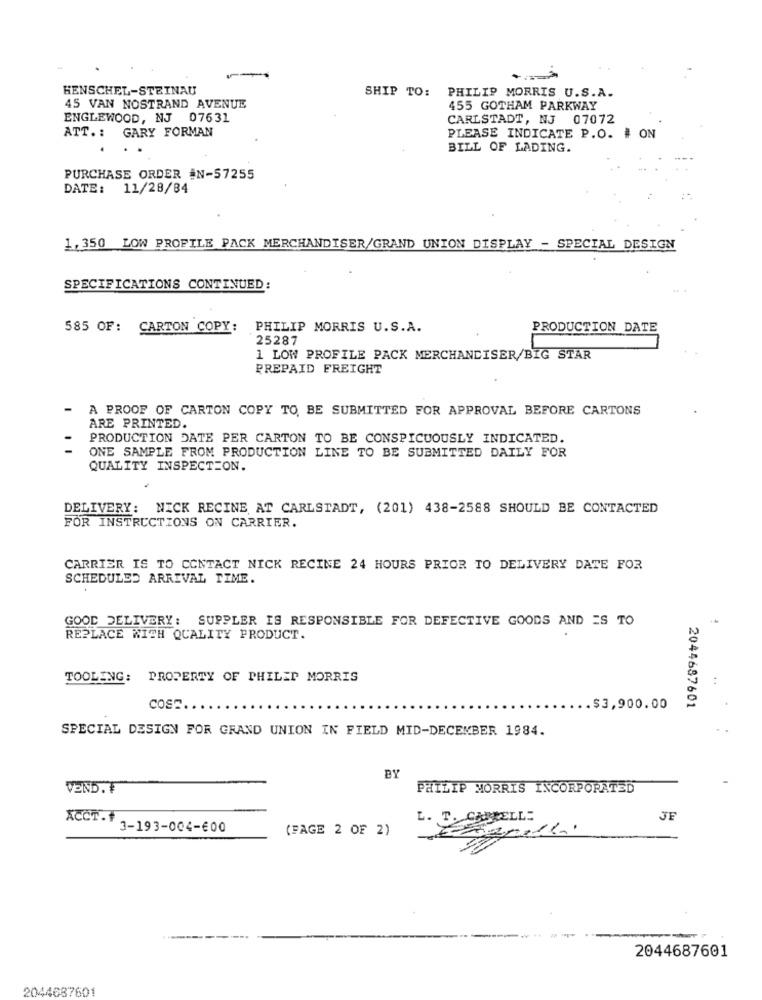
HENSCHEL-STEINAU
SHIP TO: PHILIP MORRIS U.S.A.
45 VAN NOSTRAND AVENUE
455 GOTHAM PARKWAY
ENGLEWOOD, NJ 07631
CARLSTADT, NJ 07072
ATT .: GARY FORMAN
PLEASE INDICATE P.O. # ON
BILL OF LADING.
PURCHASE ORDER #N-57255
DATE: 11/28/84
1,350 LOW PROFILE PACK MERCHANDISER/GRAND UNION DISPLAY - SPECIAL DESIGN
SPECIFICATIONS CONTINUED:
585 OF: CARTON COPY:
PHILIP MORRIS U.S.A.
PRODUCTION DATE
25287
1 LOW PROFILE PACK MERCHANDISER/BIG STAR
PREPAID FREIGHT
-
A PROOF OF CARTON COPY TO BE SUBMITTED FOR APPROVAL BEFORE CARTONS
ARE PRINTED.
PRODUCTION DATE PER CARTON TO BE CONSPICUOUSLY INDICATED.
ONE SAMPLE FROM PRODUCTION LINE TO BE SUBMITTED DAILY FOR
QUALITY INSPECTION.
DELIVERY: NICK RECINE AT CARLSTADT, (201) 438-2588 SHOULD BE CONTACTED
FOR INSTRUCTIONS ON CARRIER.
CARRIER IS TO CONTACT NICK RECINE 24 HOURS PRIOR TO DELIVERY DATE FOR
SCHEDULED ARRIVAL TIME.
GOOD DELIVERY: SUPPLER IS RESPONSIBLE FOR DEFECTIVE GOODS AND ES TO
REPLACE WITH QUALITY PRODUCT.
TOOLING: PROPERTY OF PHILIP MORRIS
COST
.$3,900.00
2044687601
SPECIAL DESIGN FOR GRAND UNION IN FIELD MID-DECEMBER 1984.
BY
VEND. T
PHILIP MORRIS INCORPORATED
ACCT.
L. T. CARRELL:
JE
3-193-004-€00
(PAGE 2 OF 2)
2044687601
2044687601